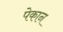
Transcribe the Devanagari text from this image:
पेकान